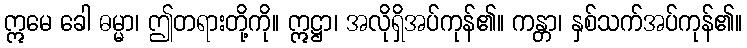
ဣမေ ခေါ ဓမ္မာ၊ ဤတရားတို့ကို။ ဣဋ္ဌာ၊ အလိုရှိအပ်ကုန်၏။ ကန္တာ၊ နှစ်သက်အပ်ကုန်၏။